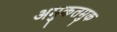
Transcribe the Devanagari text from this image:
अमुकतमुक